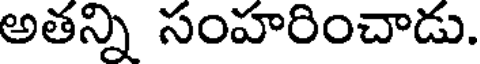
అతన్ని సంహరించాడు.